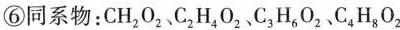
⑥同系物；CH_{2} O_{2} C_{2} H_{4} O_{2} C_{3} H_{6} O_{2} C_{4} H_{8} O_{2}